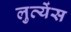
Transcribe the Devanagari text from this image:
लुत्येंस